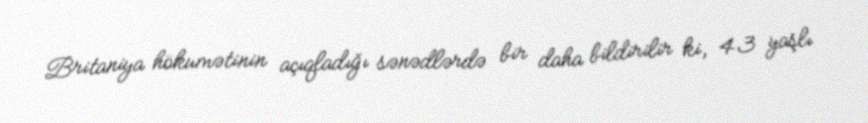
Britaniya hökumətinin açıqladığı sənədlərdə bir daha bildirilir ki, 43 yaşlı